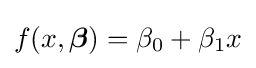
f(x,{\boldsymbol {\beta }})=\beta _{0}+\beta _{1}x